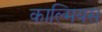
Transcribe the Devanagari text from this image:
काल्मियस